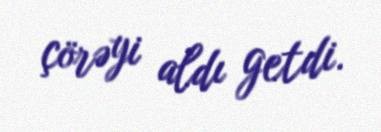
çörəyi aldı getdi.